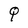
Character: q